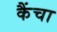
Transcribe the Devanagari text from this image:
कैंचा